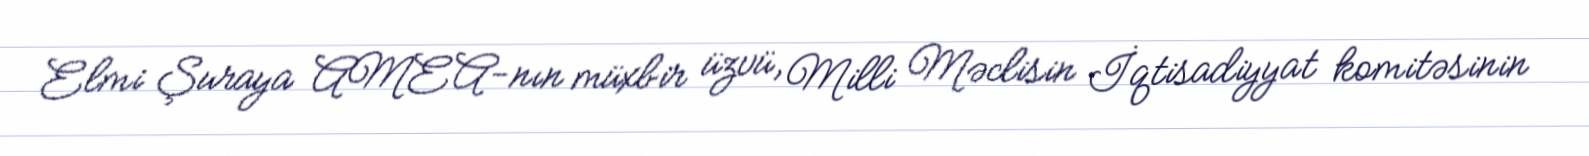
Elmi Şuraya AMEA-nın müxbir üzvü, Milli Məclisin İqtisadiyyat komitəsinin